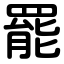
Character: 罷